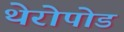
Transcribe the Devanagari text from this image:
थेरोपोड